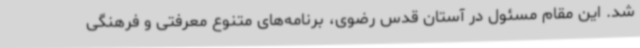
شد. این مقام مسئول در آستان قدس رضوی، برنامه‌های متنوع معرفتی و فرهنگی